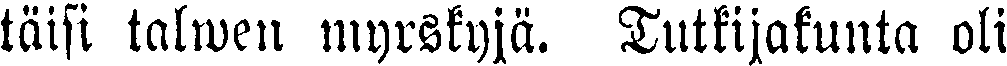
täisi talwen myrskyjä. Tutkijakunta oli